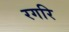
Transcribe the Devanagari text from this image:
रगरि